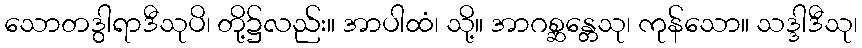
သောတဒွါရာဒီသုပိ၊ တို့၌လည်း။ အာပါထံ၊ သို့။ အာဂစ္ဆန္တေသု၊ ကုန်သော။ သဒ္ဒါဒီသု၊